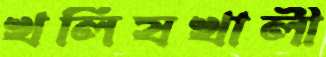
খলিষখালী